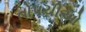
તોપચીઓ